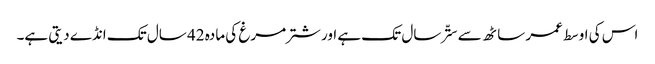
اس کی اوسط عمر ساٹھ سے ستّر سال تک ہے اور شتر مرغ کی مادہ 42 سال تک انڈے دیتی ہے۔